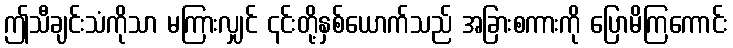
ဤသီချင်းသံကိုသာ မကြားလျှင် ၎င်းတို့နှစ်ယောက်သည် အခြားစကားကို ပြောမိကြကောင်း